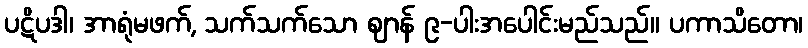
ပဋိပဒါ၊ အာရုံမဖက်, သက်သက်သော ဈာန် ၉-ပါးအပေါင်းမည်သည်။ ပကာသိတော၊